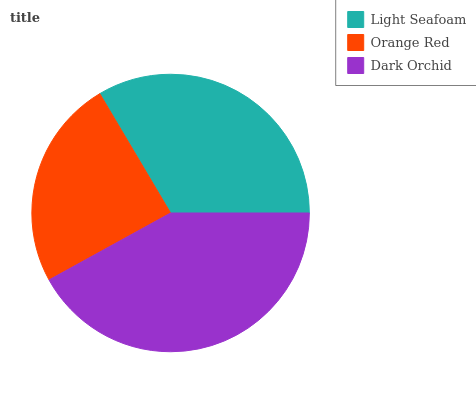
| Light Seafoam | Orange Red | Dark Orchid |
 | --- | --- | --- |
 | 33.5% | 24.5% | 42% |